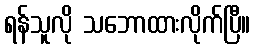
ရန်သူလို သဘောထားလိုက်ပြီ။